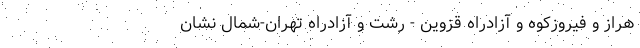
هراز و فیروزکوه و آزادراه قزوین - رشت و آزادراه تهران-شمال ‌نشان